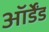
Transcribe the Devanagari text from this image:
ऑर्डेंड